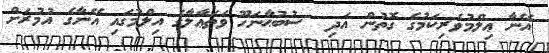
އޭނާ ޢިލްމުވެރިކަމުގެ ގޮތުން އަދި  ސުބުޙާނަހޫ ވަތަޢާލާގެ އިލްމުގައި އޭނާގެ އުމުރަށް